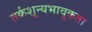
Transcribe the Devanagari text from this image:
तर्कशून्यभावुकता